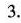
3.